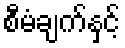
စီမံချက်နှင့်